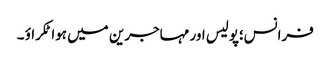
فرانس؛پولیس اور مہاجرین میں ہوا ٹکراؤ ۔